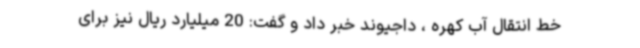
خط انتقال آب کهره ، داجیوند خبر داد و گفت: 20 میلیارد ریال نیز برای